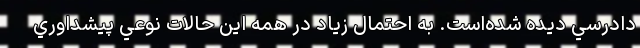
دادرسي دیده شده‌است. به احتمال زياد در همه اين حالات نوعي پيشداوري